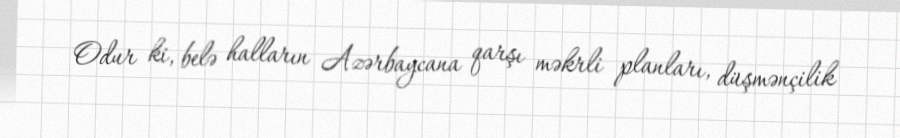
Odur ki, belə halların Azərbaycana qarşı məkrli planları, düşmənçilik